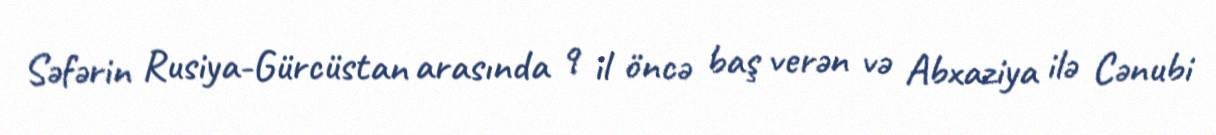
Səfərin Rusiya-Gürcüstan arasında 9 il öncə baş verən və Abxaziya ilə Cənubi